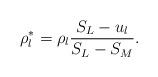
LaTeX: \begin{align*}\rho^{*}_l=\rho_l\frac{S_L-u_l}{S_L-S_M}.\end{align*}